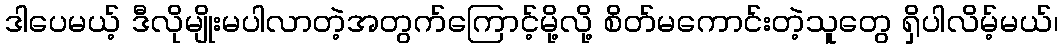
ဒါပေမယ့် ဒီလိုမျိုးမပါလာတဲ့အတွက်ကြောင့်မို့လို့ စိတ်မကောင်းတဲ့သူတွေ ရှိပါလိမ့်မယ်၊